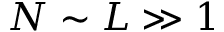
N \sim L \gg 1